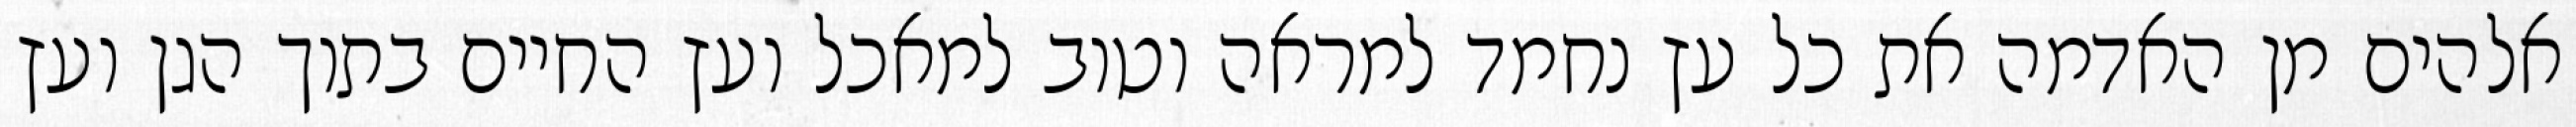
אלהים מן האדמה את כל עץ נחמד למראה וטוב למאכל ועץ החיים בתוך הגן ועץ